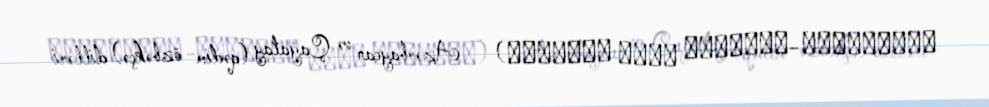
آزربایجان–چاغاتای ادبی الاقلری) — Azərbaycan və Çağatay (qədim özbəkçə) dilləri